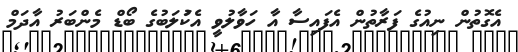
އެގޮތުން ނިއުގެ ފަރާތުން އެފައިސާ އާ ހަވާލުވީ އެކުަލަބުގެ ބޯޑް މެންބަރު އާދަމް